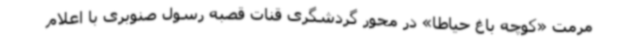
مرمت «کوچه باغ حیاطا» در محور گردشگری قنات قصبه رسول صنوبری با اعلام